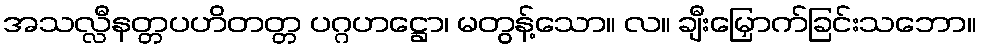
အသလ္လီနတ္တပဟိတတ္တ ပဂ္ဂဟဋ္ဌော၊ မတွန့်သော။ လ။ ချီးမြှောက်ခြင်းသဘော။